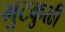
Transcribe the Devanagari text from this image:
मुटकुळी